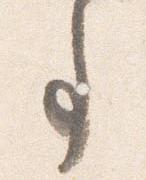
事